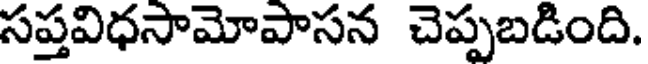
సప్తవిధసామోపాసన చెప్పబడింది.